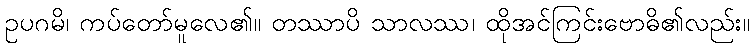
ဥပဂမိ၊ ကပ်တော်မူလေ၏။ တဿာပိ သာလဿ၊ ထိုအင်ကြင်းဗောဓိ၏လည်း။